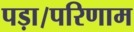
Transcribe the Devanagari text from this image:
पड़ा।परिणाम